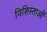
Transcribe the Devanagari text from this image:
विशिस्ताओं